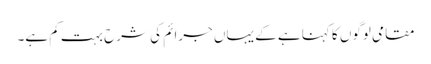
مقامی لوگوں کا کہنا ہے کے یہاں جرائم کی شرح بہت کم ہے۔